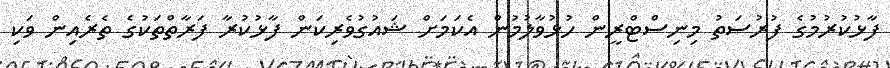
ފާޅުކުރުމުގެ ފުރުސަތު މިނިސްޓްރީން ހުޅުވާލުމުން އެކަމަށް ޝައުގުވެރިކަން ފާޅުކުރާ ފަރާތްތަކުގެ ތެރެއިން ވަކި